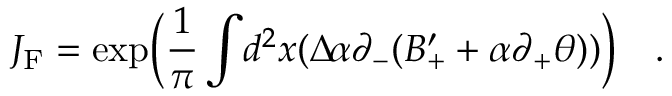
J _ { \mathrm { { F } } } = \exp \Bigl ( \frac { 1 } { \pi } \int \! d ^ { 2 } x ( \Delta \! \alpha \partial _ { - } ( B _ { + } ^ { \prime } + \alpha \partial _ { + } \theta ) ) \Bigr ) \quad .